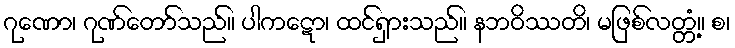
ဂုဏော၊ ဂုဏ်တော်သည်။ ပါကဋော၊ ထင်ရှားသည်။ နဘဝိဿတိ၊ မဖြစ်လတ္တံ့။ စ၊